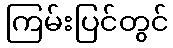
ကြမ်းပြင်တွင်